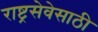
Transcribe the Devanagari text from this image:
राष्ट्रसेवेसाठी